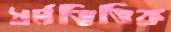
ধর্মভিত্তিক